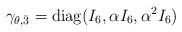
\begin{align*}\gamma_{\theta,\bar{3}}={\rm diag}(I_6,\alpha I_6,\alpha^2 I_6)\end{align*}